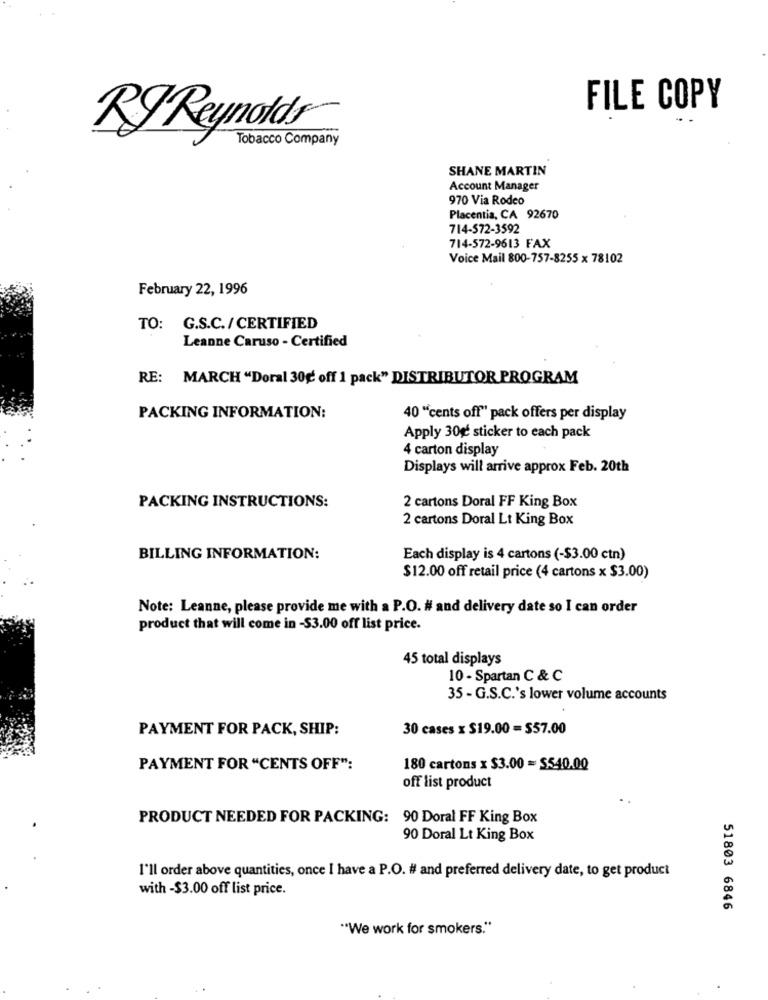
FILE COPY
RJ Reynolds
Tobacco Company
SHANE MARTIN
Account Manager
970 Via Rodeo
Placentia, CA 92670
714-572-3592
714-572-9613 FAX
Voice Mail 800-757-8255 x 78102
February 22, 1996
TO: G.S.C./CERTIFIED
Leanne Caruso - Certified
RE: MARCH "Doral 30g off 1 pack" DISTRIBUTOR PROGRAM
PACKING INFORMATION:
40 "cents off" pack offers per display
Apply 30g sticker to each pack
4 carton display
Displays will arrive approx Feb. 20th
PACKING INSTRUCTIONS:
2 cartons Doral FF King Box
2 cartons Doral Lt King Box
BILLING INFORMATION:
Each display is 4 cartons (-$3.00 ctn)
$12.00 off retail price (4 cartons x $3.00)
Note: Leanne, please provide me with a P.O. # and delivery date so I can order
product that will come in -$3.00 off list price.
45 total displays
10 - Spartan C & C
35 - G.S.C.'s lower volume accounts
PAYMENT FOR PACK, SHIP:
30 cases x $19.00 = $57.00
PAYMENT FOR "CENTS OFF":
180 cartons x $3.00 = $540.00
off list product
PRODUCT NEEDED FOR PACKING: 90 Doral FF King Box
90 Doral Lt King Box
I'll order above quantities, once I have a P.O. # and preferred delivery date, to get product
with -$3.00 off list price.
51803 6846
"We work for smokers."